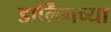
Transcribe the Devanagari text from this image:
डार्लिंगच्या